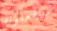
سيفعلونه